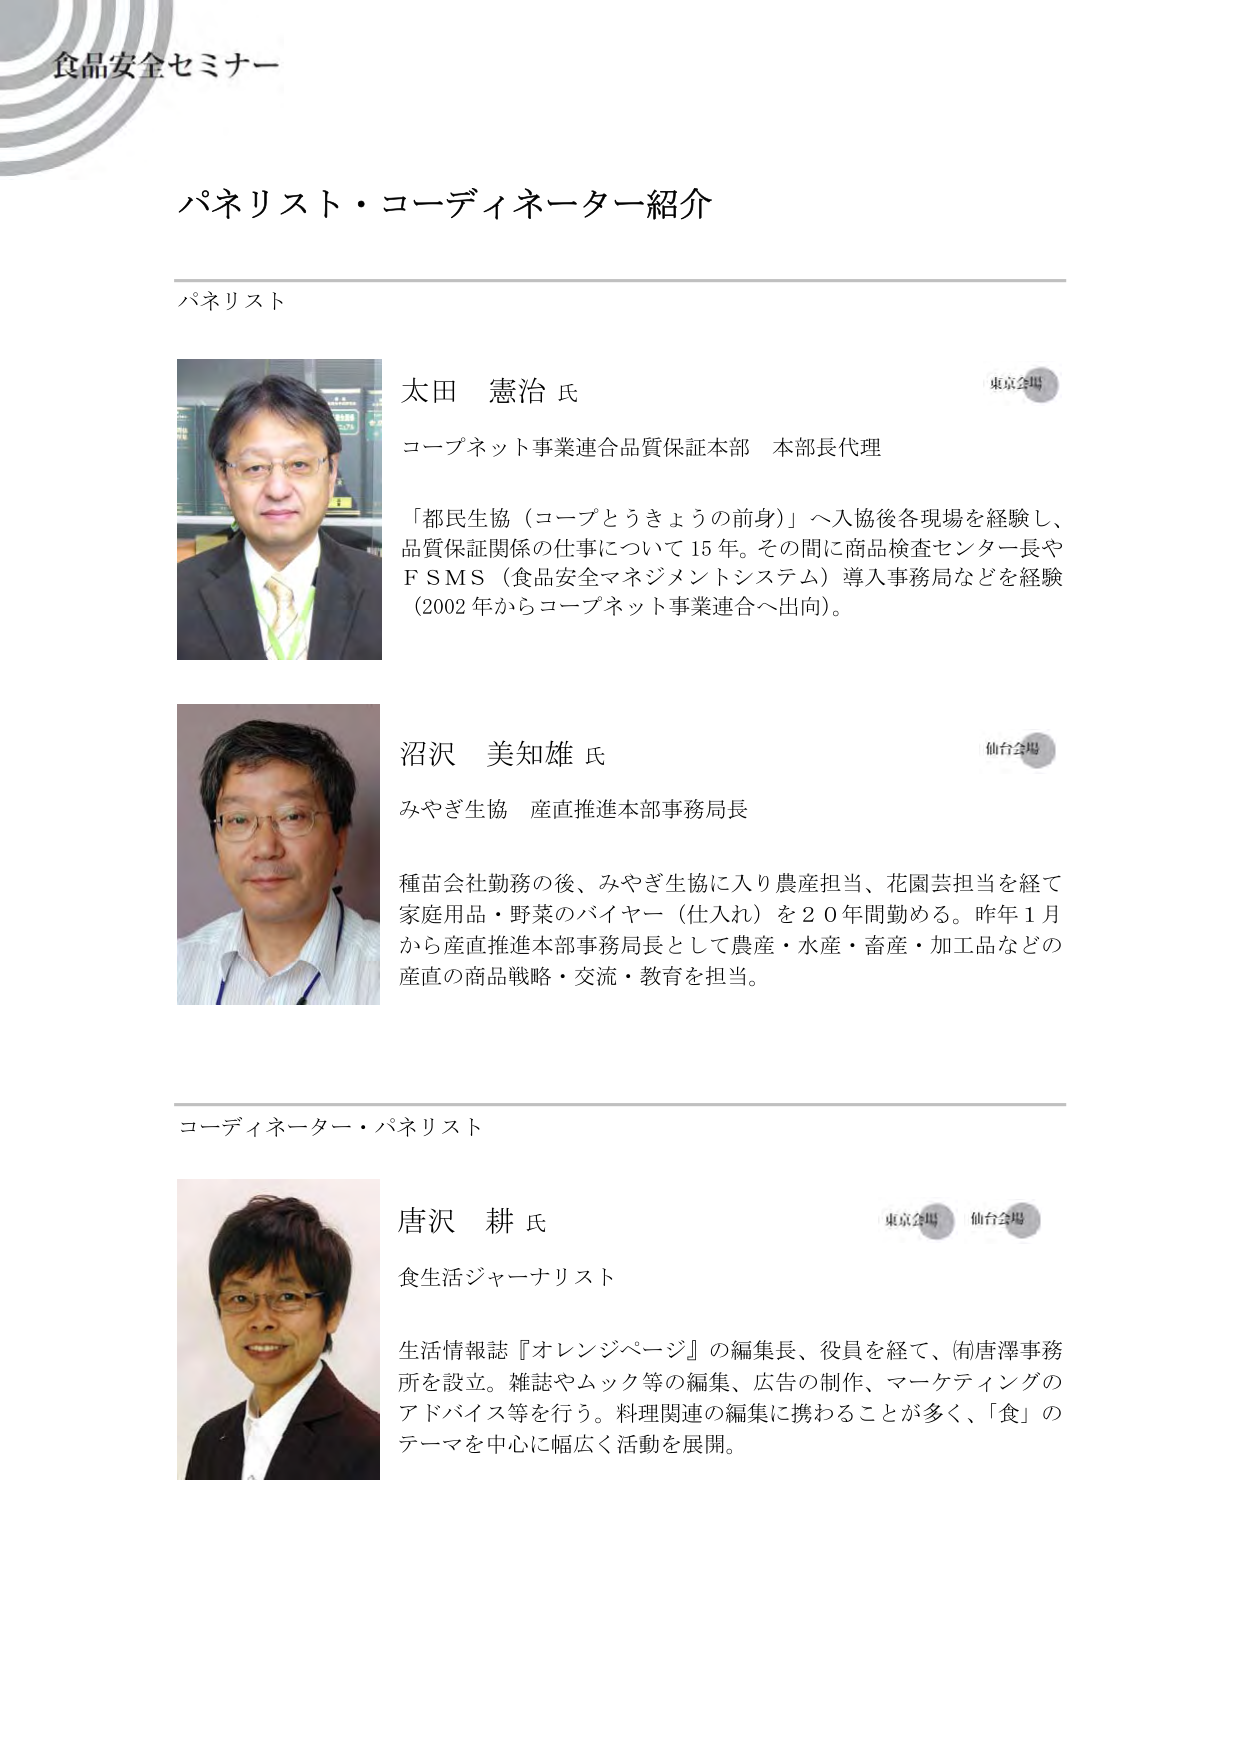
食品安全セミナー

パネリスト・コーディネーター紹介

パネリスト

太田 憲治 氏
東京会場
コープネット事業連合品質保証本部 本部長代理
「都民生協（コープとうきょうの前身）」へ入協後各現場を経験し、
品質保証関係の仕事について15年。その間に商品検査センター長や
ＦＳＭＳ（食品安全マネジメントシステム）導入事務局などを経験
（2002年からコープネット事業連合へ出向）。

沼沢 美知雄 氏
仙台会場
みやぎ生協 産直推進本部事務局長
種苗会社勤務の後、みやぎ生協に入り農産担当、花園芸担当を経て
家庭用品・野菜のバイヤー（仕入れ）を20年間勤める。昨年1月
から産直推進本部事務局長として農産・水産・畜産・加工品などの
産直の商品戦略・交流・教育を担当。

コーディネーター・パネリスト

唐沢 耕 氏
東京会場 仙台会場
食生活ジャーナリスト
生活情報誌『オレンジページ』の編集長、役員を経て、㈲唐澤事務
所を設立。雑誌やムック等の編集、広告の制作、マーケティングの
アドバイス等を行う。料理関連の編集に携わることが多く、「食」の
テーマを中心に幅広く活動を展開。